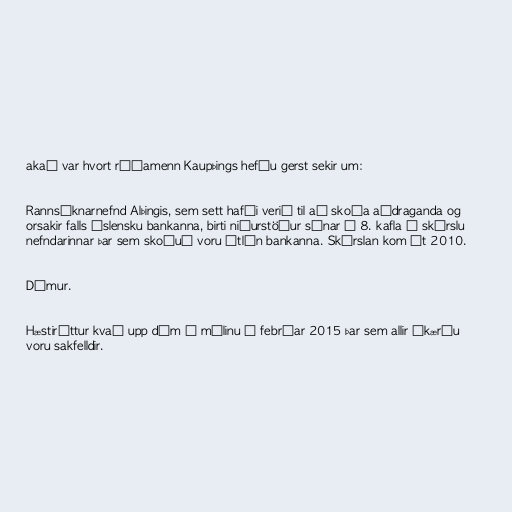
akað var hvort ráðamenn Kaupþings hefðu gerst sekir um:

Rannsóknarnefnd Alþingis, sem sett hafði verið til að skoða aðdraganda og
orsakir falls íslensku bankanna, birti niðurstöður sínar í 8. kafla í skýrslu
nefndarinnar þar sem skoðuð voru útlán bankanna. Skýrslan kom út 2010.

Dómur.

Hæstiréttur kvað upp dóm í málinu í febrúar 2015 þar sem allir ákærðu
voru sakfelldir.